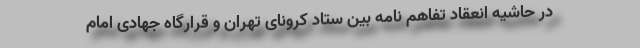
در حاشیه انعقاد تفاهم نامه بین ستاد کرونای تهران و قرارگاه جهادی امام